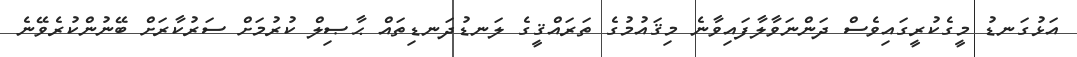
އަޅުގަނޑު މީގެކުރީގައިވެސް ދަންނަވާލާފައިވާނެ މިޤައުމުގެ ތަރައްޤީގެ ލަނޑުދަނޑިތައް ޙާޞިލް ކުރުމަށް ސަރުކާރަށް ބޭނުންކުރެވޭނެ